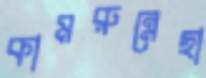
কামরুন্নেছা